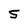
Character: S